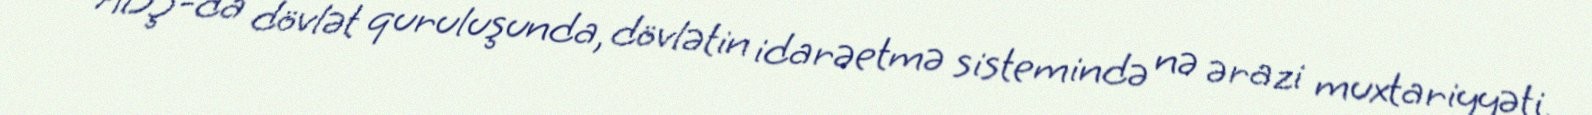
ABŞ-da dövlət quruluşunda, dövlətin idarəetmə sistemində nə ərazi muxtariyyəti,